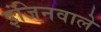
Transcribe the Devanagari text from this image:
इंजिनवाले